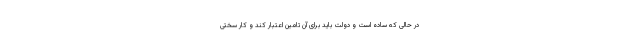
در حالی که ساده است و دولت باید برای آن تامین اعتبار کند و کار سختی